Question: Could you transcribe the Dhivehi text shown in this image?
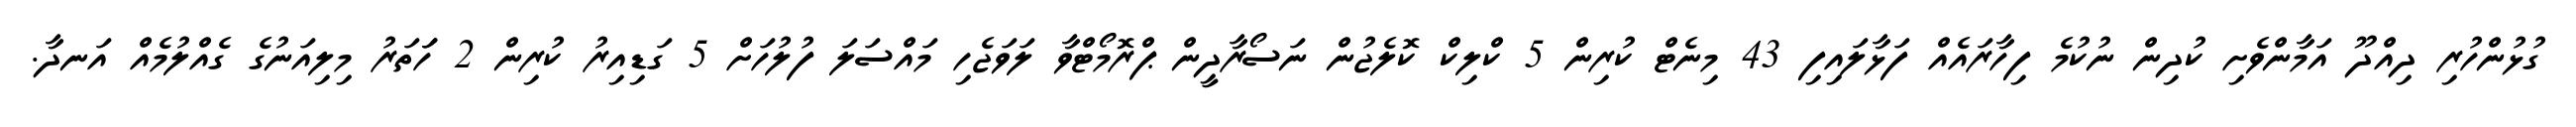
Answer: ގުޅުންހުރި ދިއްދޫ އަމާންވެށި ކުދިން ނުކުމެ ފިހާރައެއް ފަޅާލައިފި 43 މިނެޓް ކުރިން 5 ކްލިކް ކޮލެޖުން ނަސޯރާދީން ޕްރޮމޯޓްވާ ލަވަޖެހި މައްސަލަ ފުލުހަށް 5 ގަޑިއިރު ކުރިން 2 ހަަތަރު މިލިއަނުގެ ގެއްލުމެއް އަނދާ.